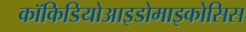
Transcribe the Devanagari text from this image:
कॉकिडियोआइडोमाइकोसिस